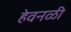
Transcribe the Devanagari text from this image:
हेवनळी